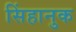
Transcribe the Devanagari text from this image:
सिंहानुक